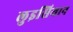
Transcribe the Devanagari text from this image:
लुइसियान